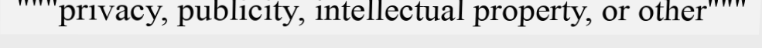
"""privacy, publicity, intellectual property, or other"""